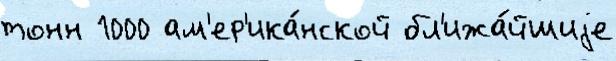
тонн 1000 ам'ер'ика́нской бл'ижа́йшиjе